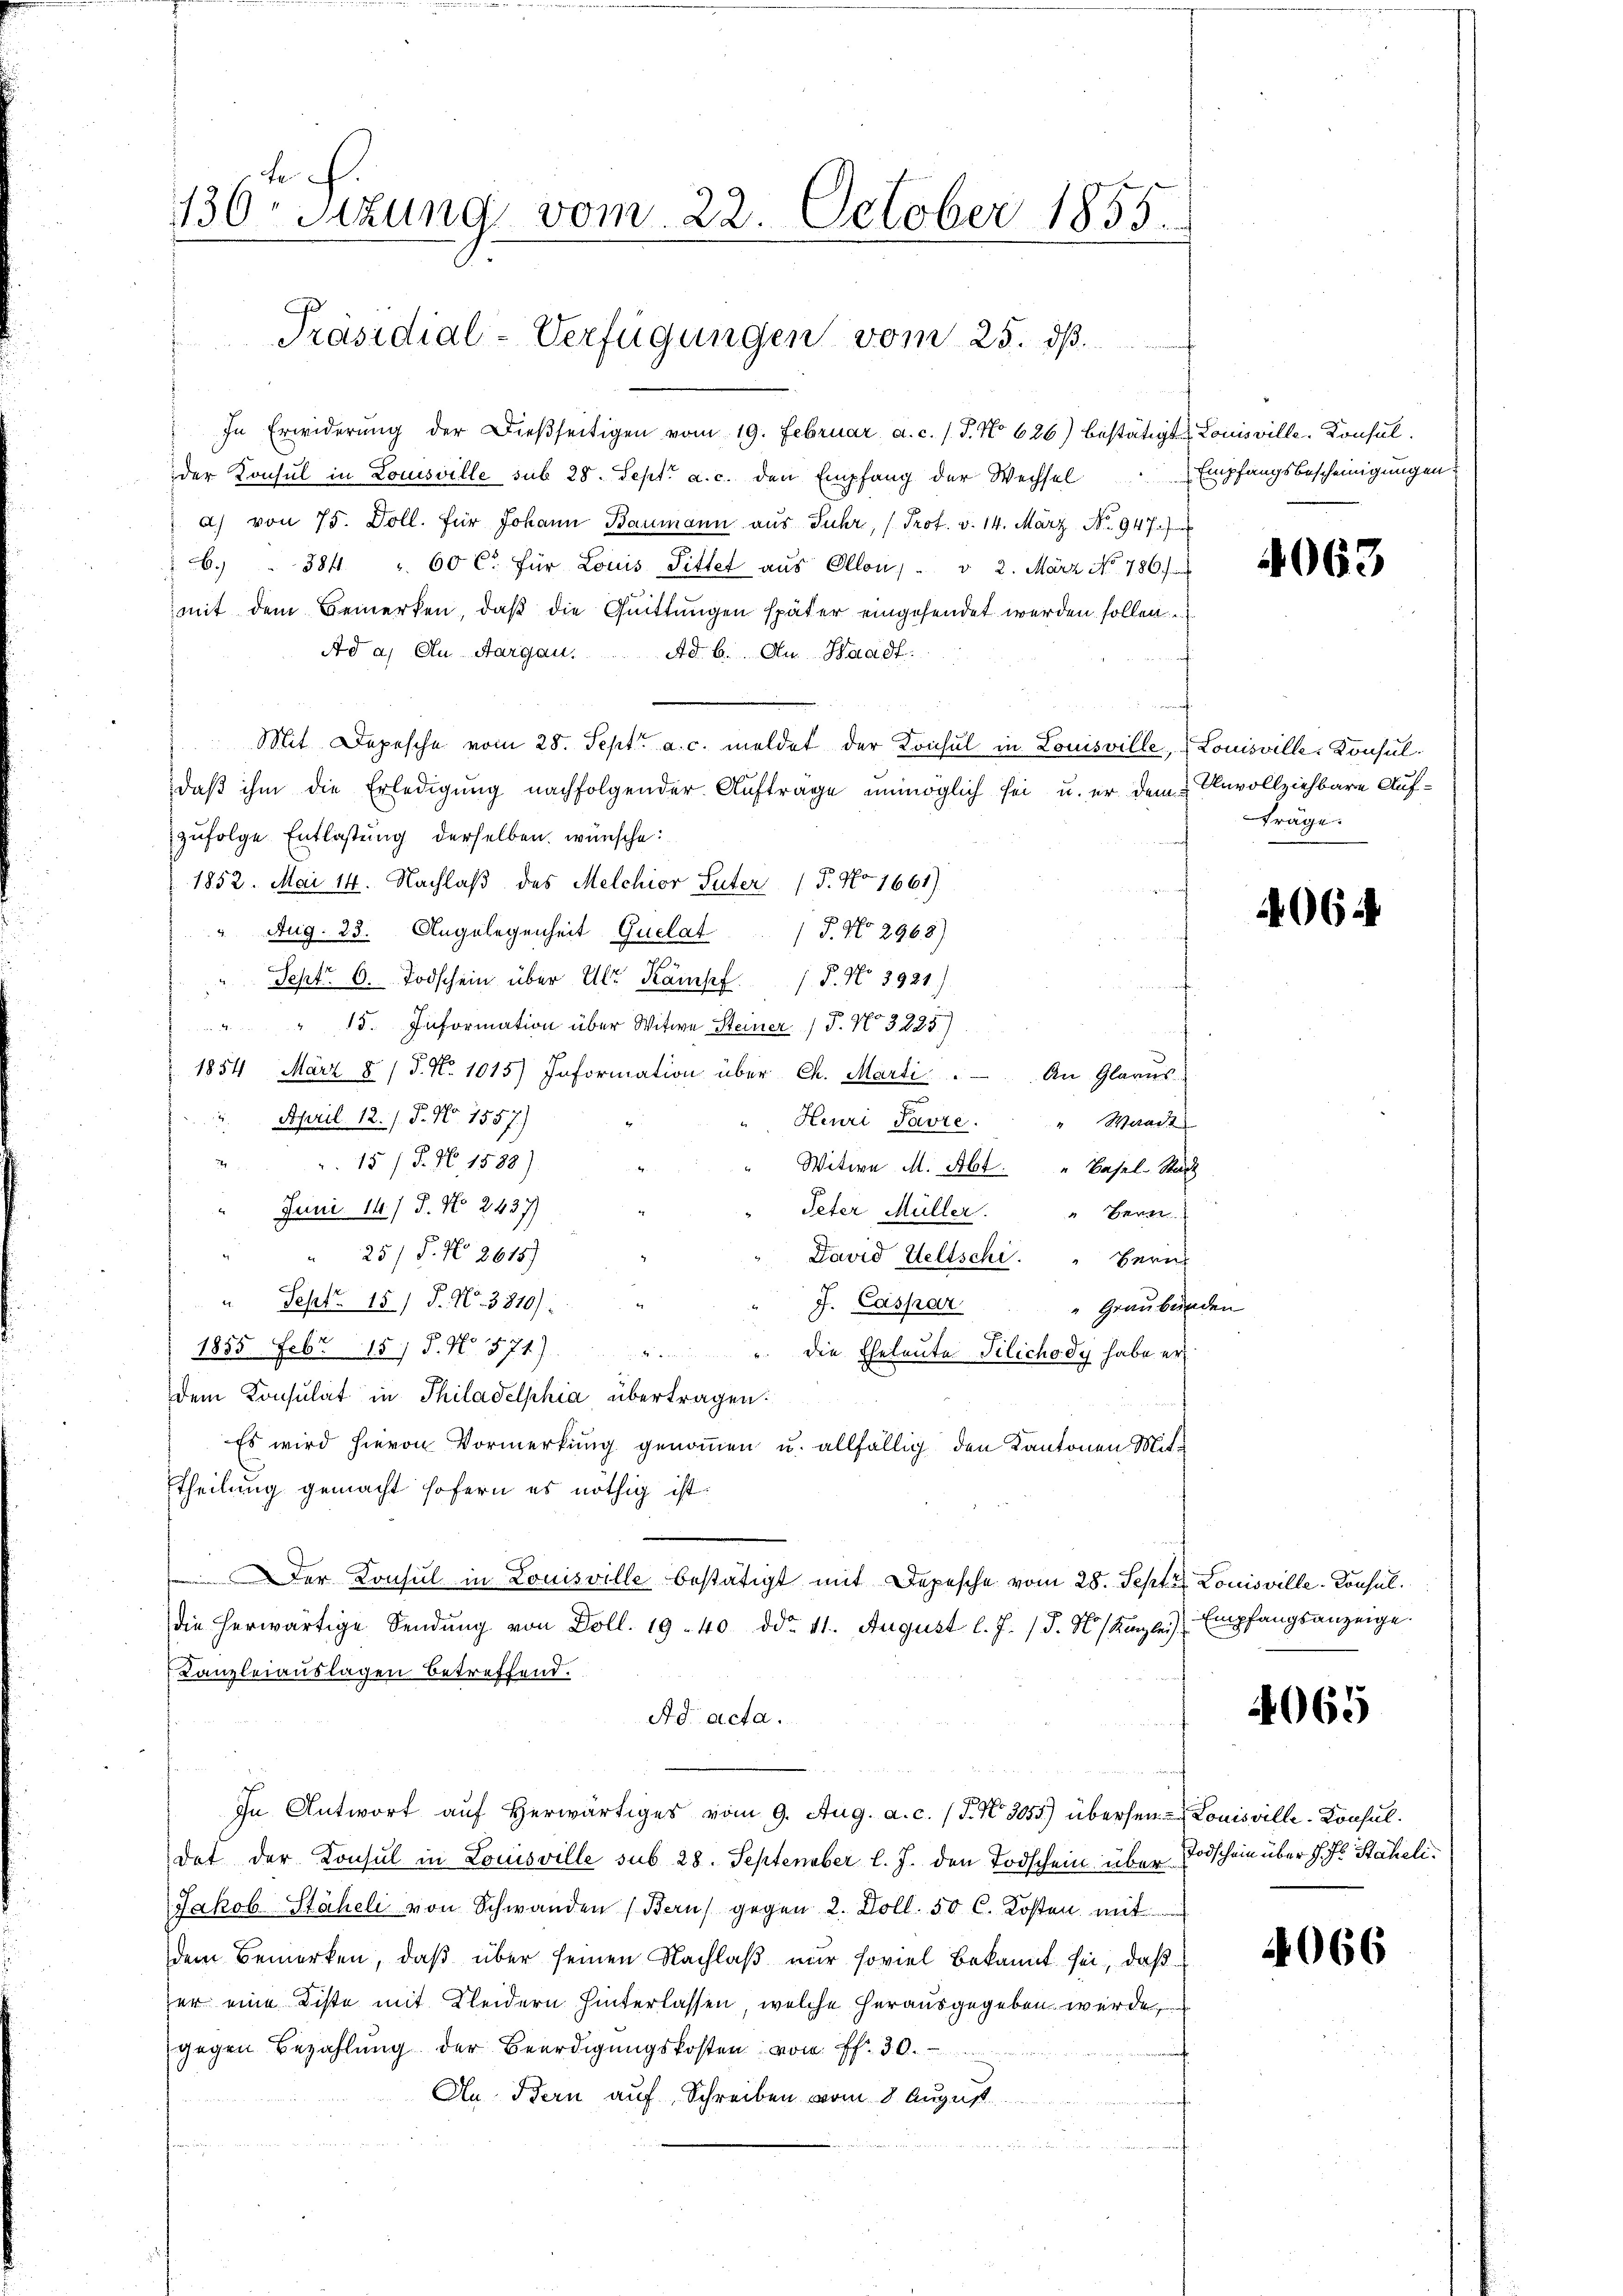
te
130. Sitzung vom 22. October 1855.

Präsidial-Verfügungen vom 25. dß.

In Erwiderŭng der dieβseitigen vom 19. Februar a. c. (T. No 626) bestätigte Louisville-Konsulder Konsul in Louisville sub 28. Sept. a. c. den Empfang der Wechsel
a) von 75. Doll. für Johann Baumann aus Juhr, Prof. v. 14. März No. 947. Jun
6. 384. " 60 Ct. für Louis Pittet aus Ollon,  v 2. März No. 786.
mit dem Bemerken, daß die Quittungen später eingehendet werden sollen.
Ad a. An Aargau. Ad b. Au-Waadt:
Mit Depesche vom 28. Sept. a. c. meldet der Konsul in Louisville, Louisville-Konsuldaβ ihm die Erledigung nachfolgender Aufträge unmöglich sei u. er dem Unvollziehbare Aufzufolge Entlastung derselben wünsche:
1852. Mai 14. Nachlaß des Melchior Suter (T. No 1661)
Aug. 23. Angelegenheit Quelat
P. No 2968)
a
Sept. 6. Todschein über Ulr. Kampf. P. No 3921)
f
 " " 15. Information über Witwe Steiner P. Nr. 3225)
1854 März 8 / 5. N. 1015) Information über Ch. Marti.  .   An Glarus
April 12./. J. No. 1557)
Heuri Pavre " Waadt
.15) S. N 1588)
Witwe M. Abt. " Basel-Stadt
Juni 14) S. No. 2437)
Peter Müller . " Gener
" " 25/ P. No. 2615)
David Weltschi
Hern
" Sept. 15) S. Nr. 3810):
J. Caspar
" Graubünden
1855 Febr. 15) S. N. 871) " " die Eheleute Silichody habe er
dem Konsulat in Philadelphia übertragen.
Es wird hievon Vormerkung genommen u. allfällig den Kantonen Mit¬
Theilung gemacht sofern es nöthig ist.
Der Konsul in Louisville bestätigt mit Depesche vom 28. Septer Louisville. Konsuldie herwärtige Sendung von Doll. 1940 ddo. 11. August l. J. J. N. Kanzlei
Kanzleiauslagen betreffend.
Ad acta.
In Antwort auf herwärtiges vom 9. Aug. a. c. (T. N. 3055) übersen & Louisville-Konsuldat der Konsul in Louisville sub 28. September l. J. den Todschein über¬
Jakob Stäheli von Schwanden (Bern) gegen 2. Doll. 50 C. Kosten mit
dem Bemerken, daß über seinen Nachlaß nur soviel bekannt sei, daß
er eine Kiste mit Kleidern hinterlassen, welche herausgegeben würde,
gegen Bezahlung der Beerdigungskosten von ff. 30.
An Bern auf Schreiben vom 8. August
n

Empfangsbescheinigungen

4063

träge.

406.

Empfangsanzeige.

4065

Todschein über J. J. Staheli

4066